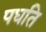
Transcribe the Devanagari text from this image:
पधति